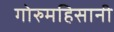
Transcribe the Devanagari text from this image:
गोरुमहिसानी